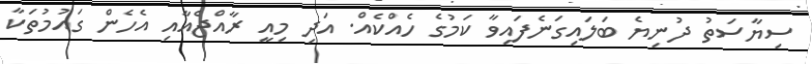
ސިޔާސަތު ދުނިޔެ ބަލައިގަނެފައިވާ ކަމުގެ ހެއްކެއް. އަދި މިއީ ރާއްޖެއާއި އެހެން ގައުމުތަކާ